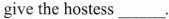
give the hostess ___ .